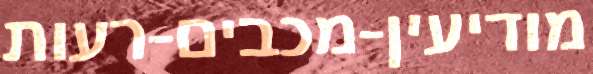
מודיעין-מכבים-רעות